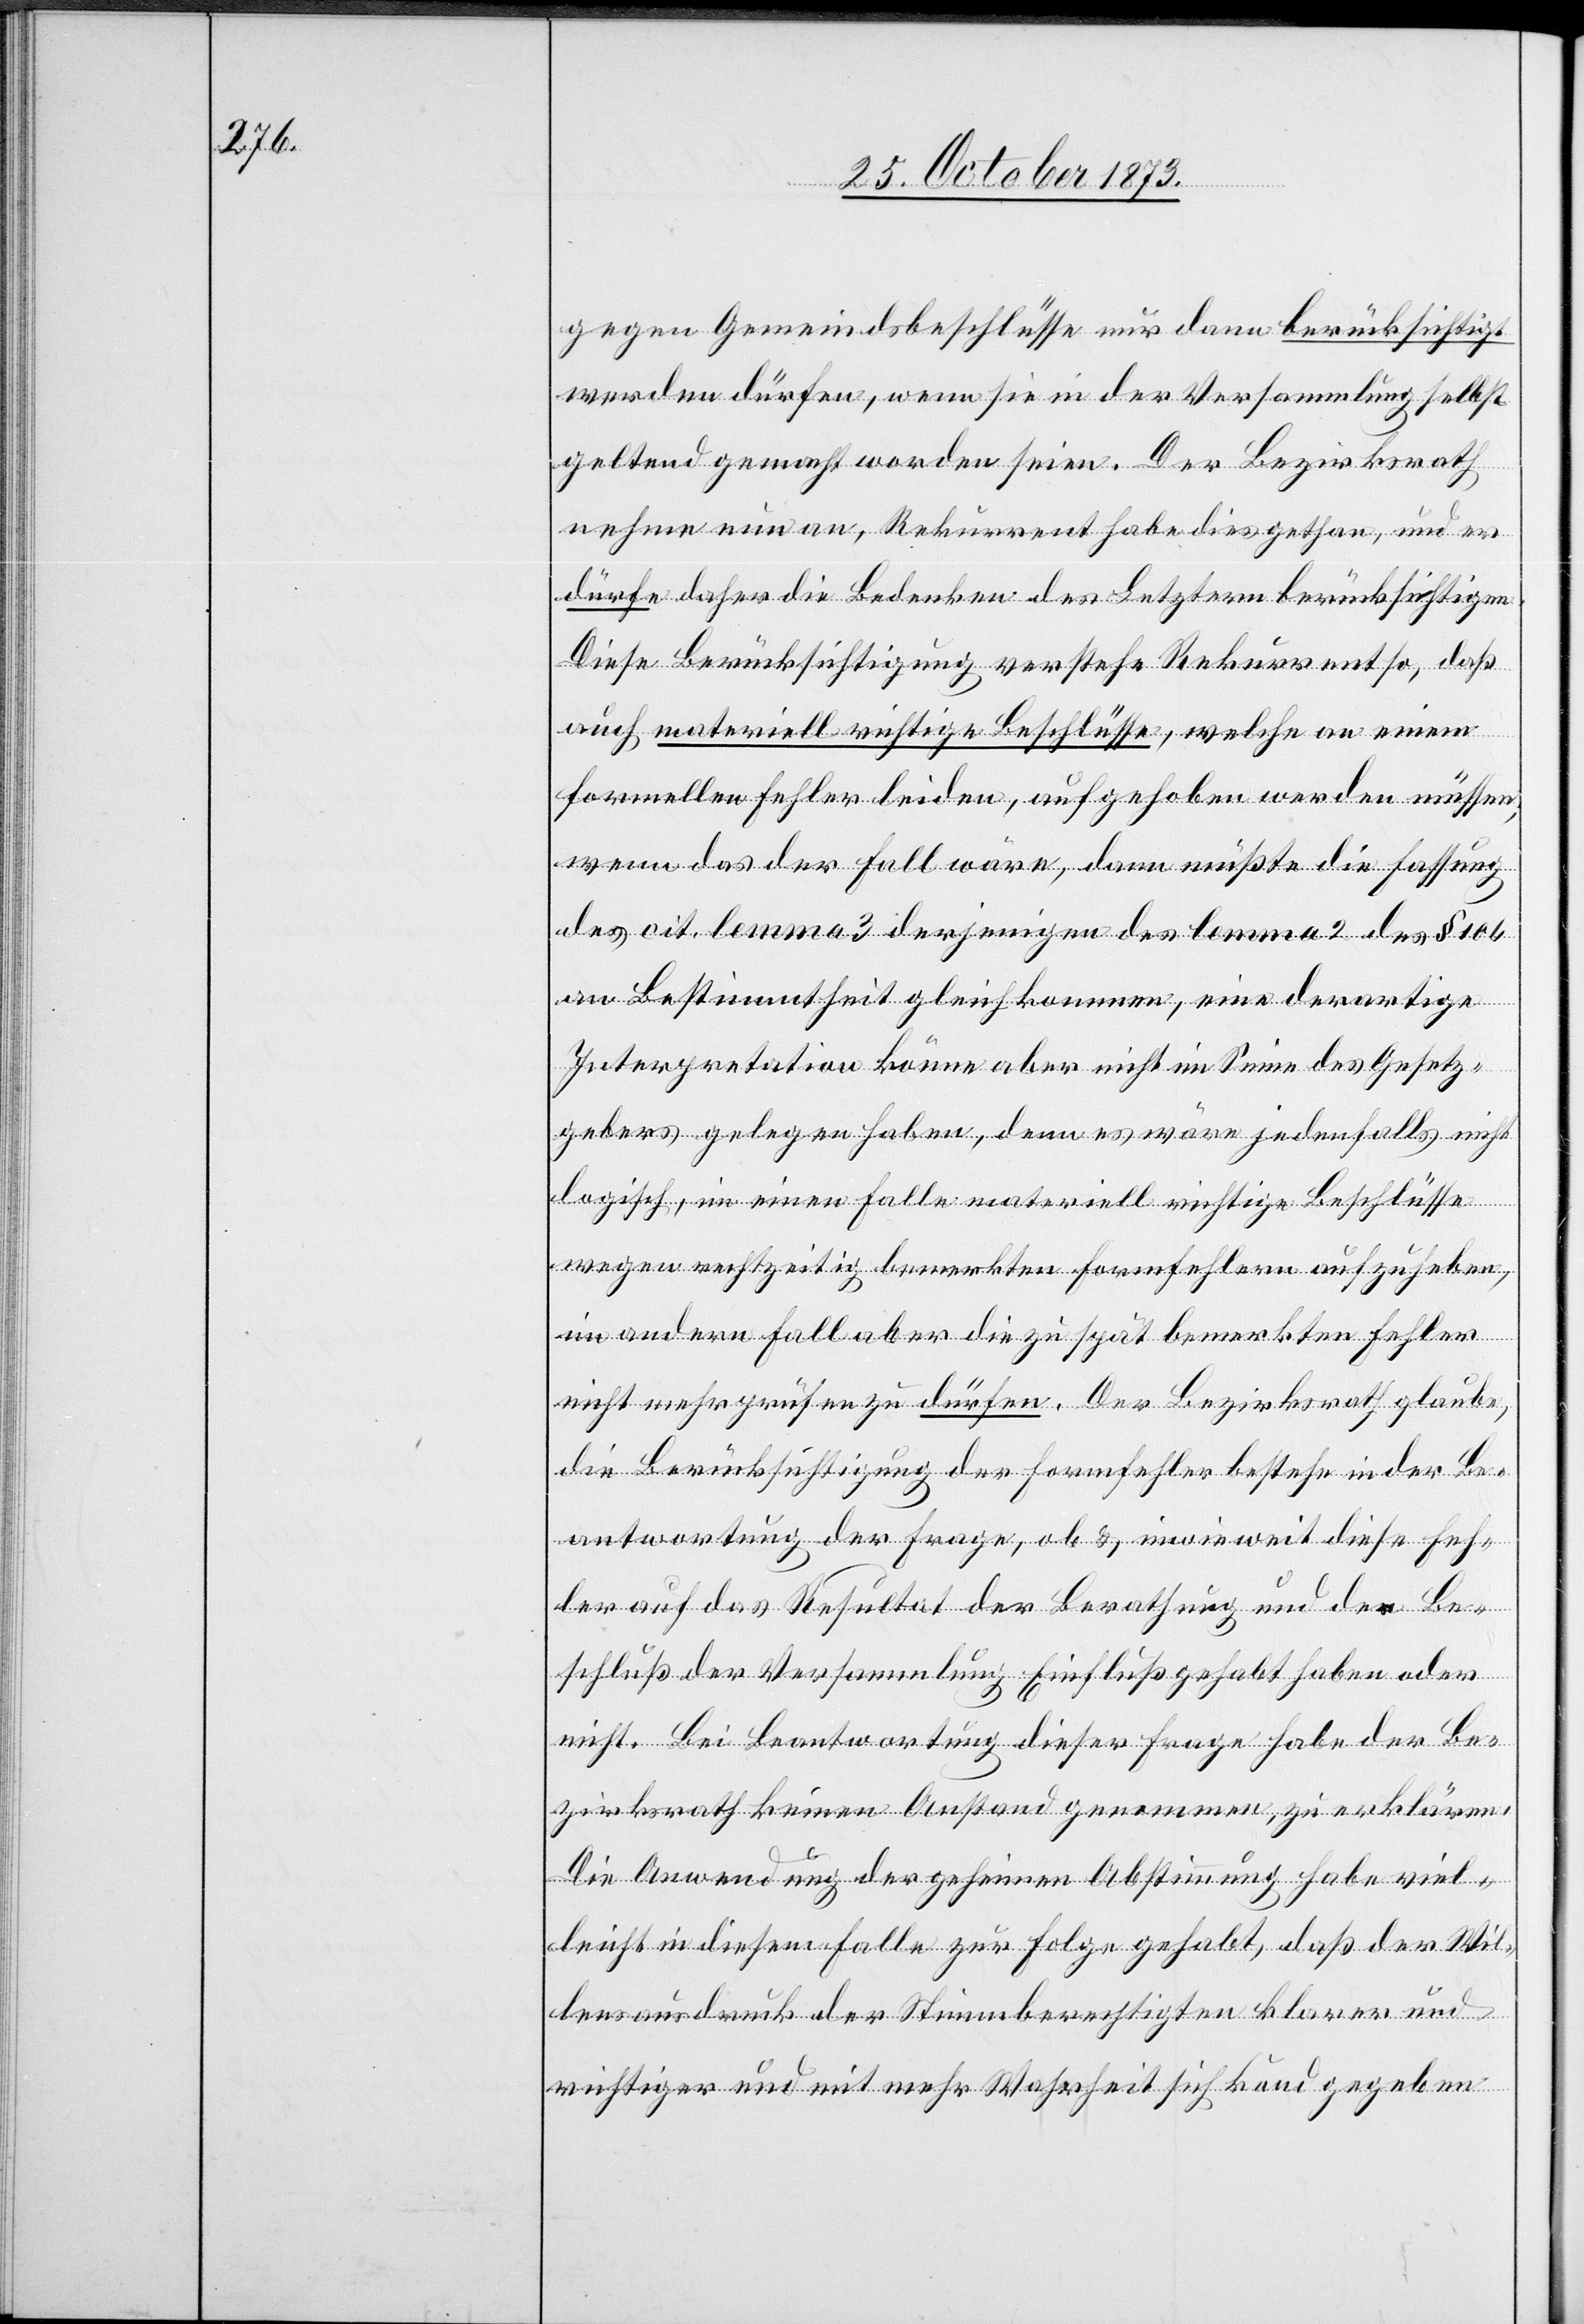
gegen Gemeindsbeschlüsse nur dann berücksichtigt
werden dürfen, wenn sie in der Versammlung selbst
geltend gemacht worden seien. Der Bezirksrath
nehme nun an, Rekurrent habe dies gethan, und er
dürfe daher die Bedenken des Letztern berücksichtigen.
Diese Berücksichtigung verstehe Rekurrent so, das
auch materiell richtige Beschlüsse, welche an einem
formellen Fehler leiden, aufgehoben werden müssen;
wenn das der Fall wäre, dann müßte die Fassung
des cit. lemma 3 derjenigen des lemma 2 des § 106
an Bestimmtheit gleichkommen, eine derartige
Interpretation könne aber nicht im Sinne des Gesetz¬
gebers gelegen haben, denn es wäre jedenfalls nicht
logisch, im einen Falle materiell richtige Beschlüsse
wegen rechtzeitig bemerkten Formfehlern aufzuheben,
im andern Fall aber die zu spät bemerkten Fehler
nicht mehr prüfen zu dürfen. Der Bezirksrath glaube,
die Berücksichtigung der Formfehler bestehe in der Be¬
antwortung der Frage, ob & inwieweit diese Feh¬
ler auf das Resultat der Berathung und den Be¬
schluß der Versammlung Einfluß gehabt haben oder
nicht. Bei Beantwortung dieser Frage habe der Be¬
zirksrath keinen Anstand genommen, zu erklären:
Die Anwendung der geheimen Abstimmung habe viel¬
leicht in diesem Falle zur Folge gehabt, daß der Wil¬
lensausdruck der Stimmberechtigten klarer und
richtiger und mit mehr Wahrheit sich kund gegeben